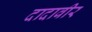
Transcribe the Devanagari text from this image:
दादावीर